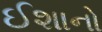
ઈશાનો